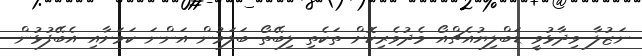
ނަޒުލާ ވިދާޅުވީ ޑަބްލިޔުއެޗްއޯ މެދުވެރިކޮށް ތަކެތި ލިބޭތޯ ބަލަމުން އަންނަ ކަމަށާއި އެބޭފުޅުން